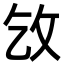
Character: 㩿